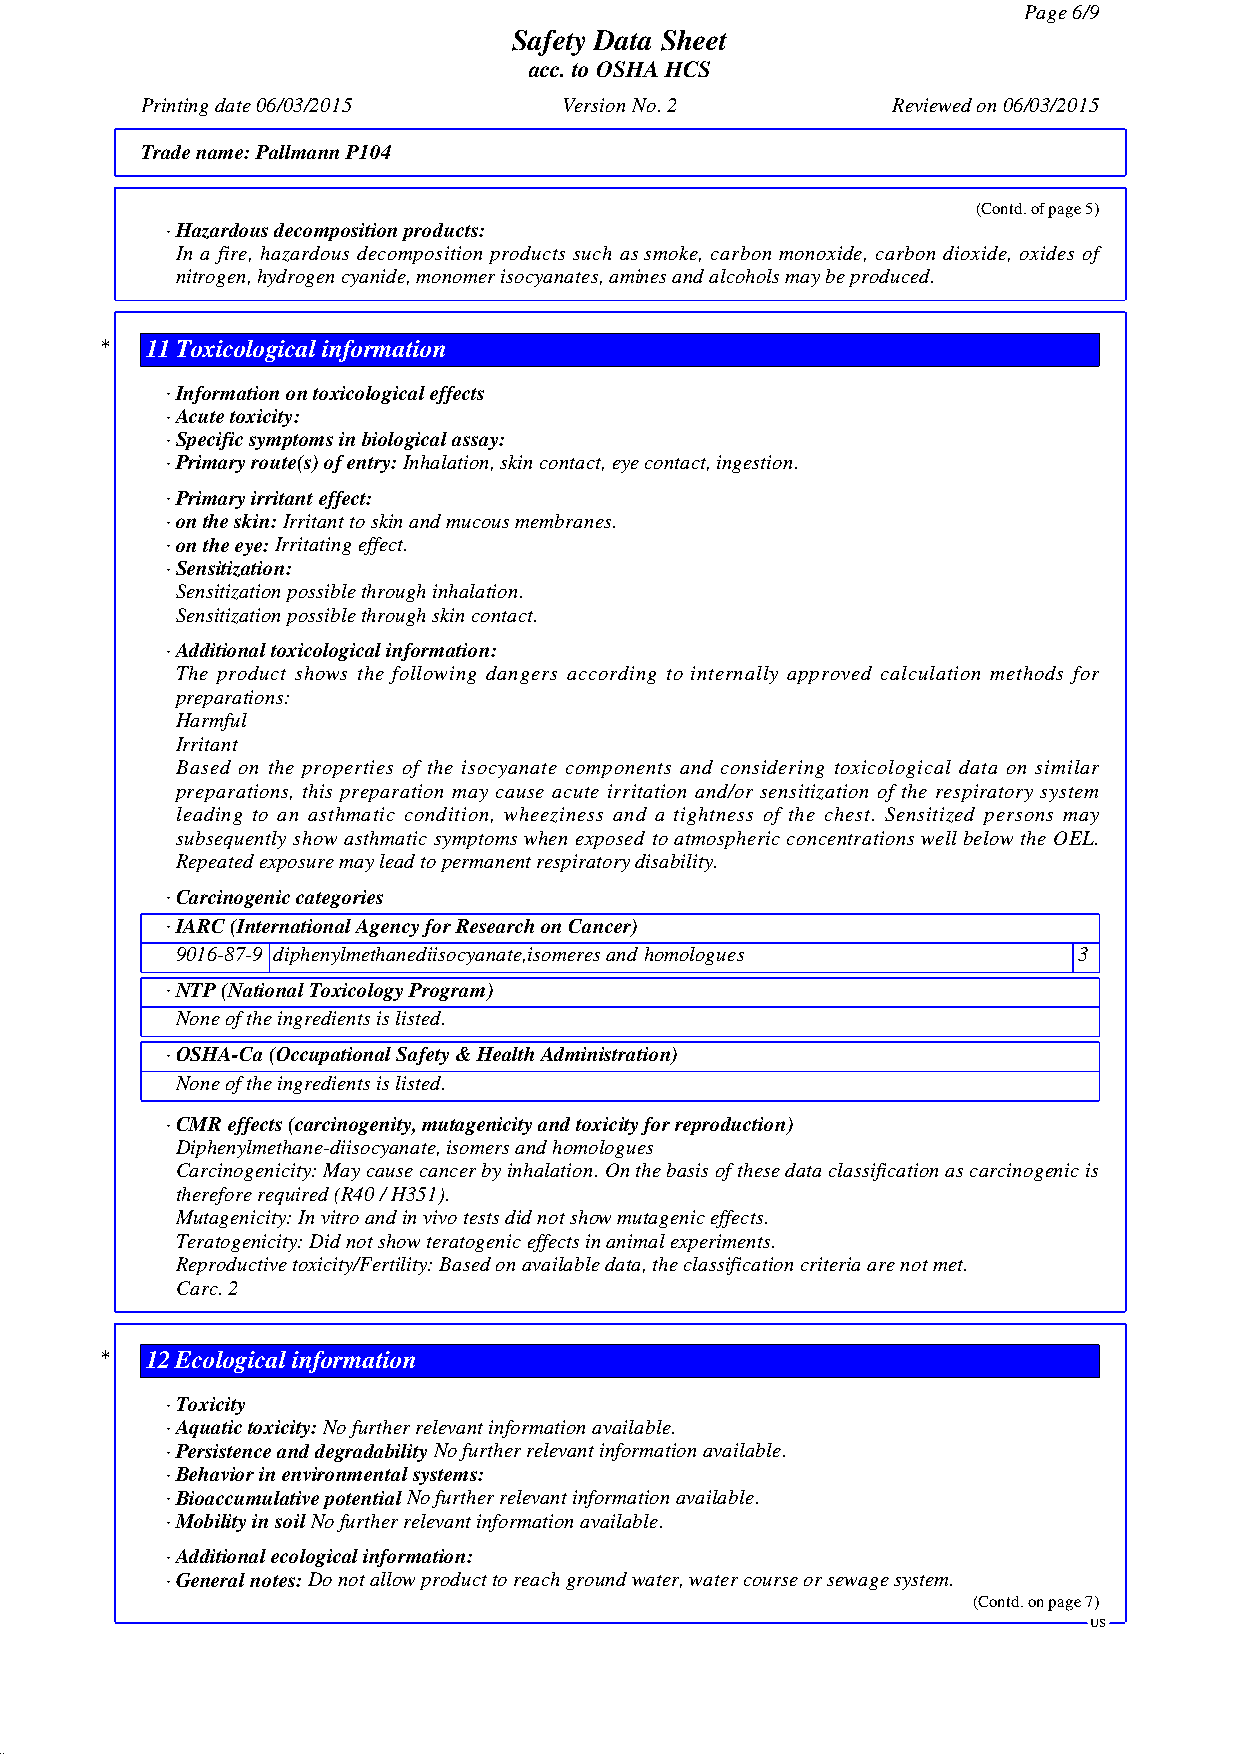
Page 6/9
 Safety Data Sheet
 acc. to OSHA HCS
 Printing date 06/03/2015    Version No. 2         Reviewed on 06/03/2015
 Trade name:Pallmann P104
 (Contd. of page 5)
 · Hazardous decomposition products:
 In a fire, hazardous decomposition products such as smoke, carbon monoxide, carbon dioxide, oxides of
 nitrogen, hydrogen cyanide, monomer isocyanates, amines and alcohols may be produced.
 *  11Toxicological information
 · Information on toxicological effects
 · Acute toxicity:
 · Specific symptoms in biological assay:
 · Primary route(s) of entry:Inhalation, skin contact, eye contact, ingestion.
 · Primary irritant effect:
 · on the skin:Irritant to skin and mucous membranes.
 · on the eye:Irritating effect.
 · Sensitization:
 Sensitization possible through inhalation.
 Sensitization possible through skin contact.
 · Additional toxicological information:
 The product shows the following dangers according to internally approved calculation methods for
 preparations:
 Harmful
 Irritant
 Based on the properties of the isocyanate components and considering toxicological data on similar
 preparations, this preparation may cause acute irritation and/or sensitization of the respiratory system
 leading to an asthmatic condition, wheeziness and a tightness of the chest. Sensitized persons may
 subsequently show asthmatic symptoms when exposed to atmospheric concentrations well below the OEL.
 Repeated exposure may lead to permanent respiratory disability.
 · Carcinogenic categories
 · IARC (International Agency for Research on Cancer)
 9016-87-9 diphenylmethanediisocyanate,isomeres and homologues 3
 · NTP (National Toxicology Program)
 None of the ingredients is listed.
 · OSHA-Ca (Occupational Safety & Health Administration)
 None of the ingredients is listed.
 · CMR effects (carcinogenity, mutagenicity and toxicity for reproduction)
 Diphenylmethane-diisocyanate, isomers and homologues
 Carcinogenicity: May cause cancer by inhalation. On the basis of these data classification as carcinogenic is
 therefore required (R40 / H351).
 Mutagenicity: In vitro and in vivo tests did not show mutagenic effects.
 Teratogenicity: Did not show teratogenic effects in animal experiments.
 Reproductive toxicity/Fertility: Based on available data, the classification criteria are not met.
 Carc. 2
 *  12Ecological information
 · Toxicity
 · Aquatic toxicity:No further relevant information available.
 · Persistence and degradabilityNo further relevant information available.
 · Behavior in environmental systems:
 · Bioaccumulative potentialNo further relevant information available.
 · Mobility in soilNo further relevant information available.
 · Additional ecological information:
 · General notes:Do not allow product to reach ground water, water course or sewage system.
 (Contd. on page 7)
 US
 41.0